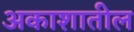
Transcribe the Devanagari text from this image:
अकाशातील